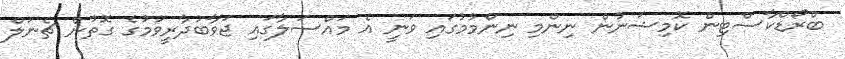
ބްރޯޑްކާސްޓިން ކޮމިޝަނުން ނިންމި ނިންމުމުގައި ވަނީ އެ މައްސަލާގައި ޖަވާބުދާރީވުމުގެ ގޮތުން ޗެނަލް